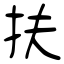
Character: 扶